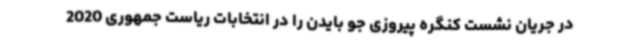
در جریان نشست کنگره پیروزی جو بایدن را در انتخابات ریاست جمهوری 2020